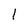
Character: l